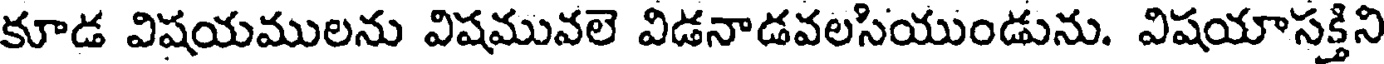
కూడ విషయములను విషమువలె విడనాడవలసియుండును. విషయాసక్తిని